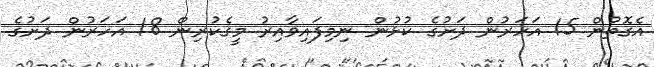
އެގޮތުން 15 އަހަރުން ދަށުގެ ކުޅުން ނިމިފައިވާއިރު މީގެކުރިން 18 އަހަރުން ދަށުގެ